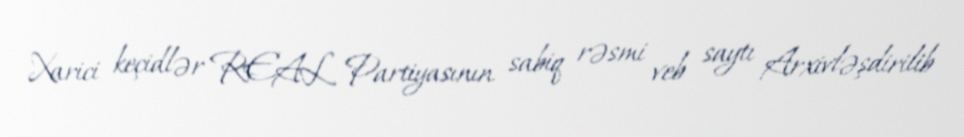
Xarici keçidlər REAL Partiyasının sabiq rəsmi veb saytı Arxivləşdirilib